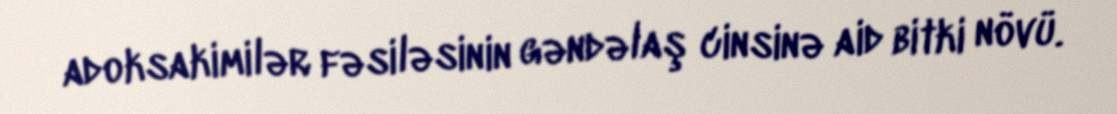
adoksakimilər fəsiləsinin gəndəlaş cinsinə aid bitki növü.